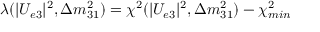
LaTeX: \lambda ( | U _ { e 3 } | ^ { 2 } , \Delta m _ { 3 1 } ^ { 2 } ) = \chi ^ { 2 } ( | U _ { e 3 } | ^ { 2 } , \Delta m _ { 3 1 } ^ { 2 } ) - \chi _ { m i n } ^ { 2 }